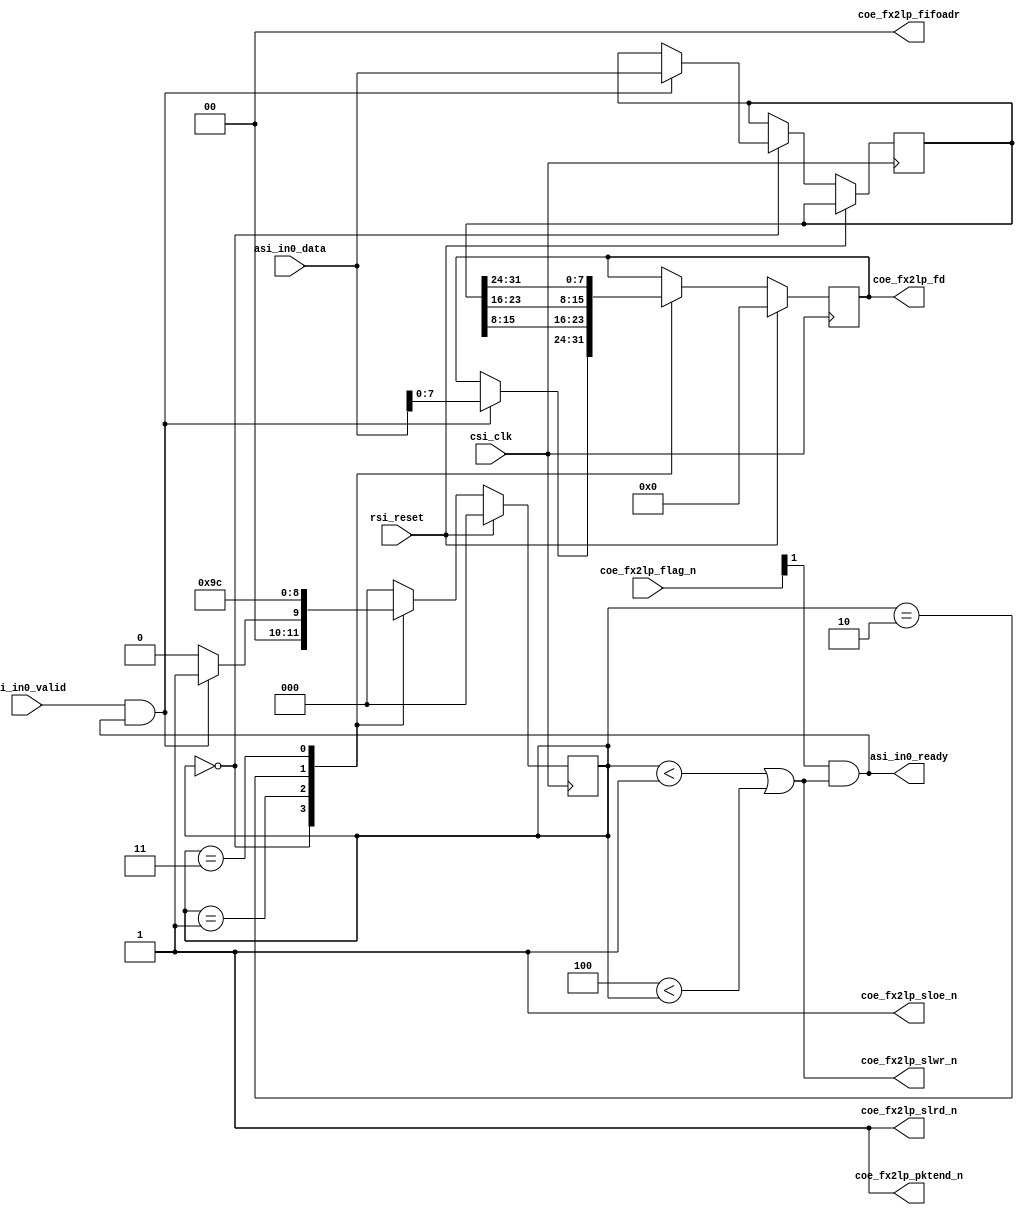
`timescale 1 ps / 1 ps

module MySendToFX2LP (
		input  wire        csi_clk,       //      csi.clk
		input  wire        rsi_reset,     //      rsi.reset

		input  wire [31:0] asi_in0_data,  //  asi_in0.data
		input  wire        asi_in0_valid, //         .valid
		output wire        asi_in0_ready, //         .ready
		
		output reg  [7:0]  coe_fx2lp_fd,
		output wire        coe_fx2lp_slrd_n,
		output wire        coe_fx2lp_slwr_n,
		input  wire [2:0]  coe_fx2lp_flag_n,
		output wire        coe_fx2lp_sloe_n,
		output wire [1:0]  coe_fx2lp_fifoadr,
		output wire        coe_fx2lp_pktend_n
);


	localparam IDLE = 3'd0;
	localparam BYTE0 = 3'd1;
	localparam BYTE1 = 3'd2;
	localparam BYTE2 = 3'd3;
	localparam BYTE3 = 3'd4;
	localparam BYTE4 = 3'd5;
	
	
	reg [2:0] cur;
	reg [31:0] asi_in0_data_r;

	
	assign coe_fx2lp_slrd_n = 1'b1;
	assign coe_fx2lp_sloe_n = 1'b1;
	assign coe_fx2lp_fifoadr = 2'b00;
	assign coe_fx2lp_pktend_n = 1'b1;
		
	always @(negedge csi_clk) begin
		if (rsi_reset) begin
			cur <= IDLE;
			coe_fx2lp_fd <= 0;
		end else begin
			case (cur)
				IDLE:
					if (asi_in0_valid & asi_in0_ready) begin
						cur <= BYTE0;
						coe_fx2lp_fd <= asi_in0_data[7:0];
						asi_in0_data_r <= asi_in0_data;
					end else begin
						cur <= IDLE;
					end
				BYTE0:
					begin
						cur <= BYTE1;
						coe_fx2lp_fd <= asi_in0_data_r[15:8];
					end
				BYTE1:
					begin
						cur <= BYTE2;
						coe_fx2lp_fd <= asi_in0_data_r[23:16];
					end
				BYTE2:
					begin
						cur <= BYTE3;
						coe_fx2lp_fd <= asi_in0_data_r[31:24];
					end
				BYTE3: cur <= IDLE;
				default: cur <= IDLE;
			endcase
		end
	end
	assign coe_fx2lp_slwr_n = cur < BYTE0 || BYTE3 < cur;
	assign asi_in0_ready = coe_fx2lp_flag_n[1] & coe_fx2lp_slwr_n;
	
endmodule